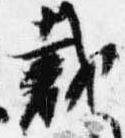
裁